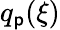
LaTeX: q_{\mathsf{p}}(\xi)